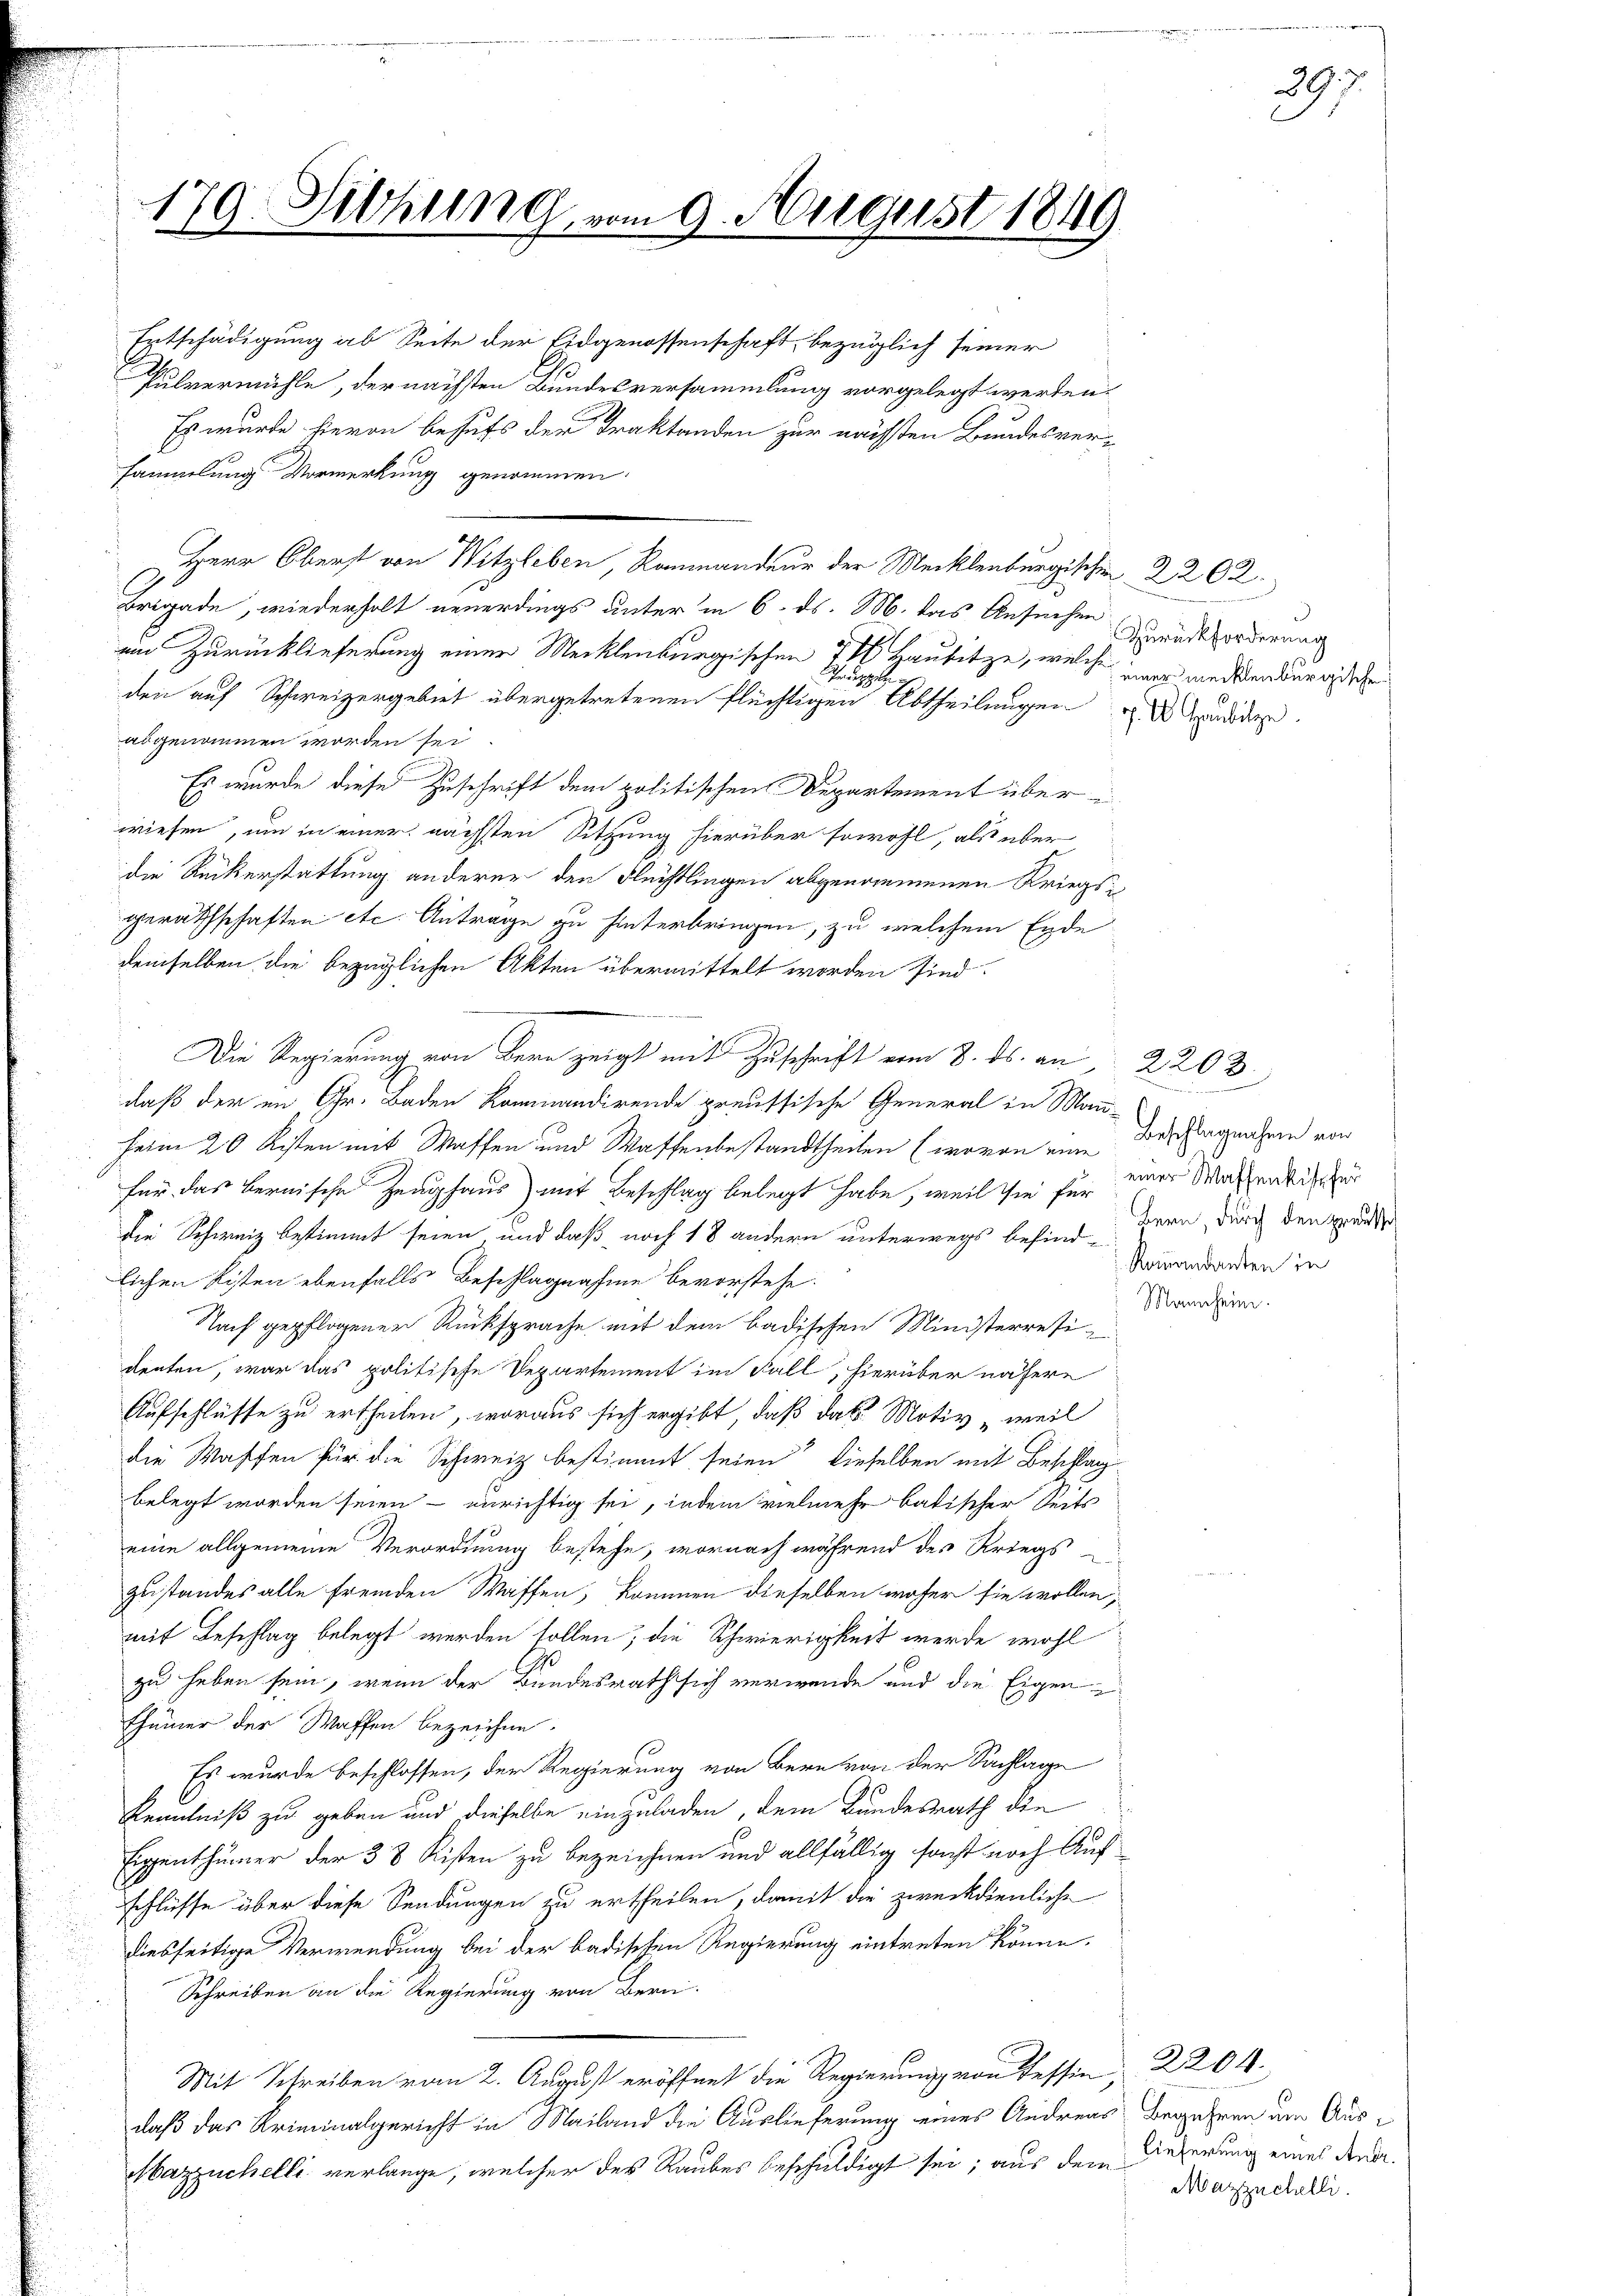
179. Sitzung, vom 9. August 1849

Entschädigung ab Seite der Eidgenossenschaft, bezüglich seiner
Pulvermühle, der nächsten Bundesversammlung vorgelegt werden.
Es wurde hievon behufs der Traktanden zur nächsten Bundesver-
sammlung Vormerkung genommen.
Herr Oberst von Witzleben, Raumandeur der Mecklenbergischen 2262.
Brigade, wiederholt neuerdings unter in 6. ds. M. das Ansuchen
ein Zurücklieferung einer Mecklenburgischen 7 1 Hausitze, welche was merkendereiche
ruppe
den auf Schweizergebiet übergetretenen Flüchtigen Abtheilungen andida
abgenommen worden sei.
Es wurde diese Zuschrift dem politischen Departement über
wiesen, um in einer nächsten Sitzung hierüber sowohl, als über
die Rückerstattung anderer den Flüchtlingen abgenommenen Kriegsgerathschaften etc. Antrage zu hinterbringen, zu welchem Ende
demselben die bezüglichen Akten übermittelt worden sind.
Die Regierung von Bern zeigt mit Zuschrift vom 8. ds. an, 2203
daß der im Gr. Baden Kommandirende preussische General in Mann-
heim 20 Kisten mit Waffen und Waffenbestandtheilen (wovon eine Bestagnahmen von
für das bernische Zeughaus mit Beschlag belegt habe, weil sie für einer Wachsendliche
die Schweiz bestimmt seien, und daß noch 18 andern unterwegs befindlichen Kisten ebenfalls Beschlagnahme bevorstehe.
Nach gepflogener Rücksprache mit dem badischen Ministerresi-
denten, war das politische Departement im Fall, hierüber nähere
Aufschlüsse zu ertheilen, woraus sich ergibt, daß das Motiv weil
die Waffen für die Schweiz bestimmt seien dieselben mit Beschlag
belegt worden seien – unrichtig sei, indem vielmehr batischer Seit
eine allgemeine Verordnung bestehe, wornach während des Kriegs
Zustandes alle fremden Waffen, kommen dieselben näher sie wollen,
mit Beschlag belegt werden sollen, die Schwierigkeit werde wohl
zu heben sein, wenn der Bundesrath sich verwende und die Eigenthümer der Waffen bezeichne.
Es wurde beschlossen, der Regierung von Bern von der Sachlage
Kenntniß zu geben und dieselbe einzuladen, dem Bundesrath die
Eigenthümer der 38 Kisten zu bezeichnen und allfällig sonst noch Aufschlüsse über diese Sendungen zu ertheilen, damit die zweckdienliche
diesseitige Verwendung bei der badischen Regierung eintreten könne.
Schreiben an die Regierung von Bern.
Mit Schreiben vom 2. August eröffnet die Regierung von Tessin,
daß das Kriminalgericht in Mailand die Auslieferung eines Andreas Begehren um Aus¬
Mazzüchelli verlange, welcher des Raubes beschuldigt sei; aus dem Geserung eines den¬

Zurückforderung

397.

d
Bern, durch den grausse
Romandanten in
Mannheim.

2204.
Mazzüchelli